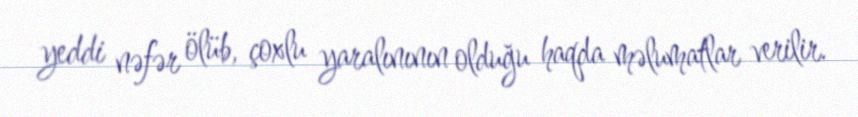
yeddi nəfər ölüb, çoxlu yaralınının olduğu haqda məlumatlar verilir.